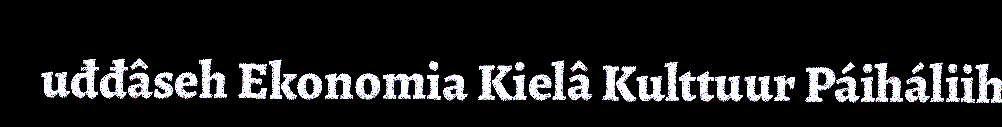
uđđâseh Ekonomia Kielâ Kulttuur Páiháliih